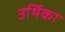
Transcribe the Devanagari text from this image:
उर्थिका